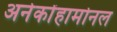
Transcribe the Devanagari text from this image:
अनेकोंहार्मोनल